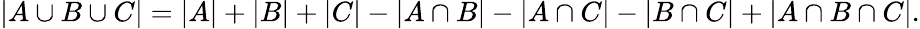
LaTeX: |A\cup B\cup C|=|A|+|B|+|C|-|A\cap B|-|A\cap C|-|B\cap C|+|A\cap B\cap C|.